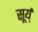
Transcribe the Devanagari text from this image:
सूर्य्